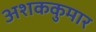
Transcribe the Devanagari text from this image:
अशककुमार